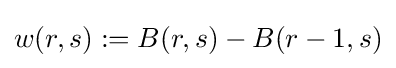
w(r,s):=B(r,s)-B(r-1,s)